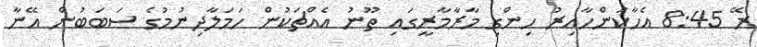
ރޭ 8:45 އެހާކަންހާއިރު ހިންގި މާރާމާރީގައި ތޫނު އެއްޗަކުން ހަމަލާދިނުމުގެ ސަބަބުން އޭނާ